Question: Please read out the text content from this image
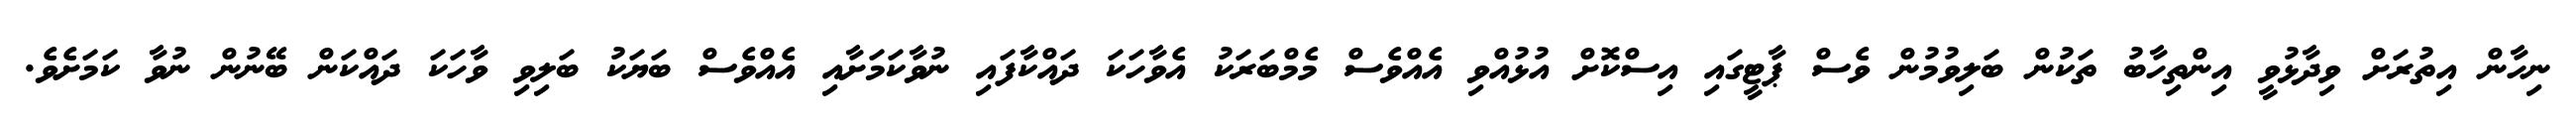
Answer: ނިހާން އިތުރަށް ވިދާޅުވީ އިންތިހާބު ތަކުން ބަލިވުމުން ވެސް ޕާޓީގައި އިސްކޮށް އުޅުއްވި އެއްވެސް މެމްބަރަކު އެވާހަކަ ދައްކާފައި ނުވާކަމަށާއި އެއްވެސް ބަޔަކު ބަލިވި ވާހަކަ ދައްކަން ބޭނުން ނުވާ ކަމަށެވެ.